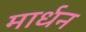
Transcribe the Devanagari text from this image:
मार्धन